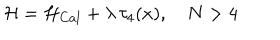
{ \cal H } = { \cal H } _ { C a l } + \lambda \, \tau _ { 4 } ( x ) , \quad N > 4